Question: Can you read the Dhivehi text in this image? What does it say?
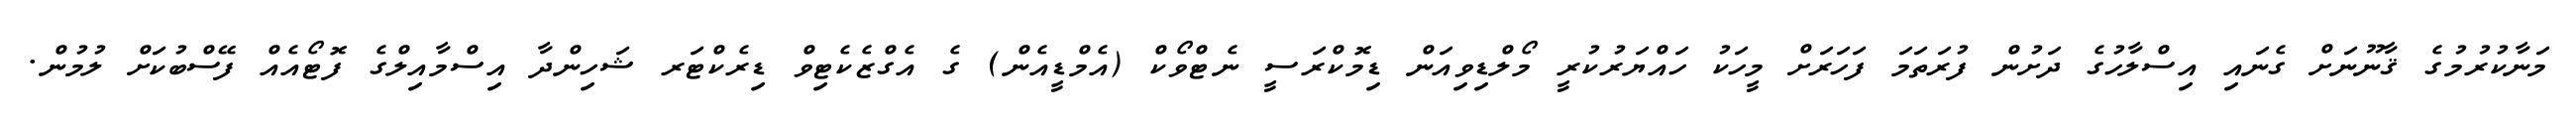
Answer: މަނާކުރުމުގެ ޤާނޫނަށް ގެނައި އިސްލާހުގެ ދަށުން ފުރަތަމަ ފަހަރަށް މީހަކު ހައްޔަރުކުރީ މޯލްޑިވިއަން ޑިމޮކްރަސީ ނެޓްވޯކް (އެމްޑީއެން) ގެ އެގްޒެކެޓިވް ޑިރެކްޓަރ ޝަހިންދާ އިސްމާއިލްގެ ފޮޓޯއެއް ފޭސްބުކަށް ލުމުން.